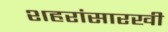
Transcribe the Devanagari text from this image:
शहरांसारखी